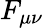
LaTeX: F_{\mu\nu}